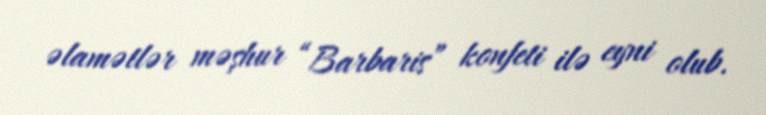
əlamətlər məşhur “Barbaris” konfeti ilə eyni olub.